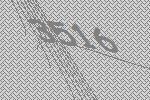
3516